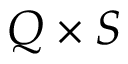
Q \times S